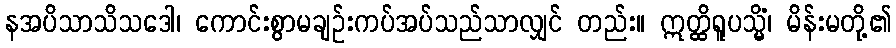
နအပိသာသိသဒေါ၊ ကောင်းစွာမချဉ်းကပ်အပ်သည်သာလျှင် တည်း။ ဣတ္ထိရူပသ္မိံ၊ မိန်းမတို့၏